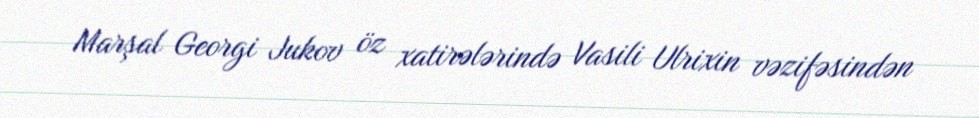
Marşal Georgi Jukov öz xatirələrində Vasili Ulrixin vəzifəsindən